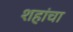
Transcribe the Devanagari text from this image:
शहांचा